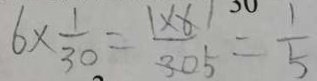
6 \times \frac { 1 } { 3 0 } = \frac { 1 \times 6 } { 3 0 5 } = \frac { 1 } { 5 }